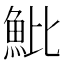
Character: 魮